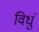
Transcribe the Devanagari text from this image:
विधुं